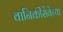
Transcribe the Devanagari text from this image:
वानिकीसेवेच्या